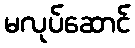
မလုပ်ဆောင်